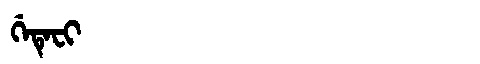
Manchu: ᡤᡝᡨᡝᠸᡳ
Romanization: GETEFI